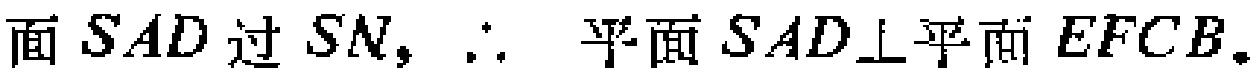
面 \(SAD\) 过 \(SN\)，\(\therefore\) 平面 \(SAD\perp\)平面 \(EFCB\)。